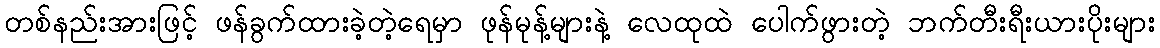
တစ်နည်းအားဖြင့် ဖန်ခွက်ထားခဲ့တဲ့ရေမှာ ဖုန်မုန့်များနဲ့ လေထုထဲ ပေါက်ဖွားတဲ့ ဘက်တီးရီးယားပိုးများ